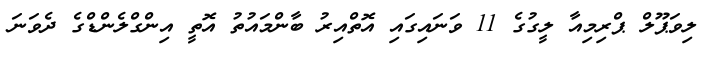
ލިވަޕޫލް ޕްރިމިއާ ލީގުގެ 11 ވަނައިގައި އޮތްއިރު ބާންމައުތު އޮތީ އިންގްލެންޑްގެ ދެވަނަ